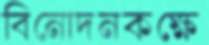
বিনোদনকক্ষে